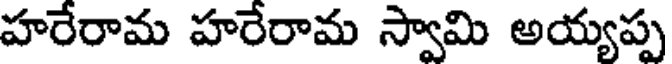
హరేరామ హరేరామ స్వామి అయ్యప్ప